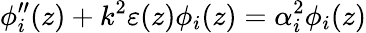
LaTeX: \phi_{i}^{\prime\prime}(z)+k^{2}\varepsilon(z)\phi_{i}(z)=\alpha_{i}^{2}\phi_{i}(z)